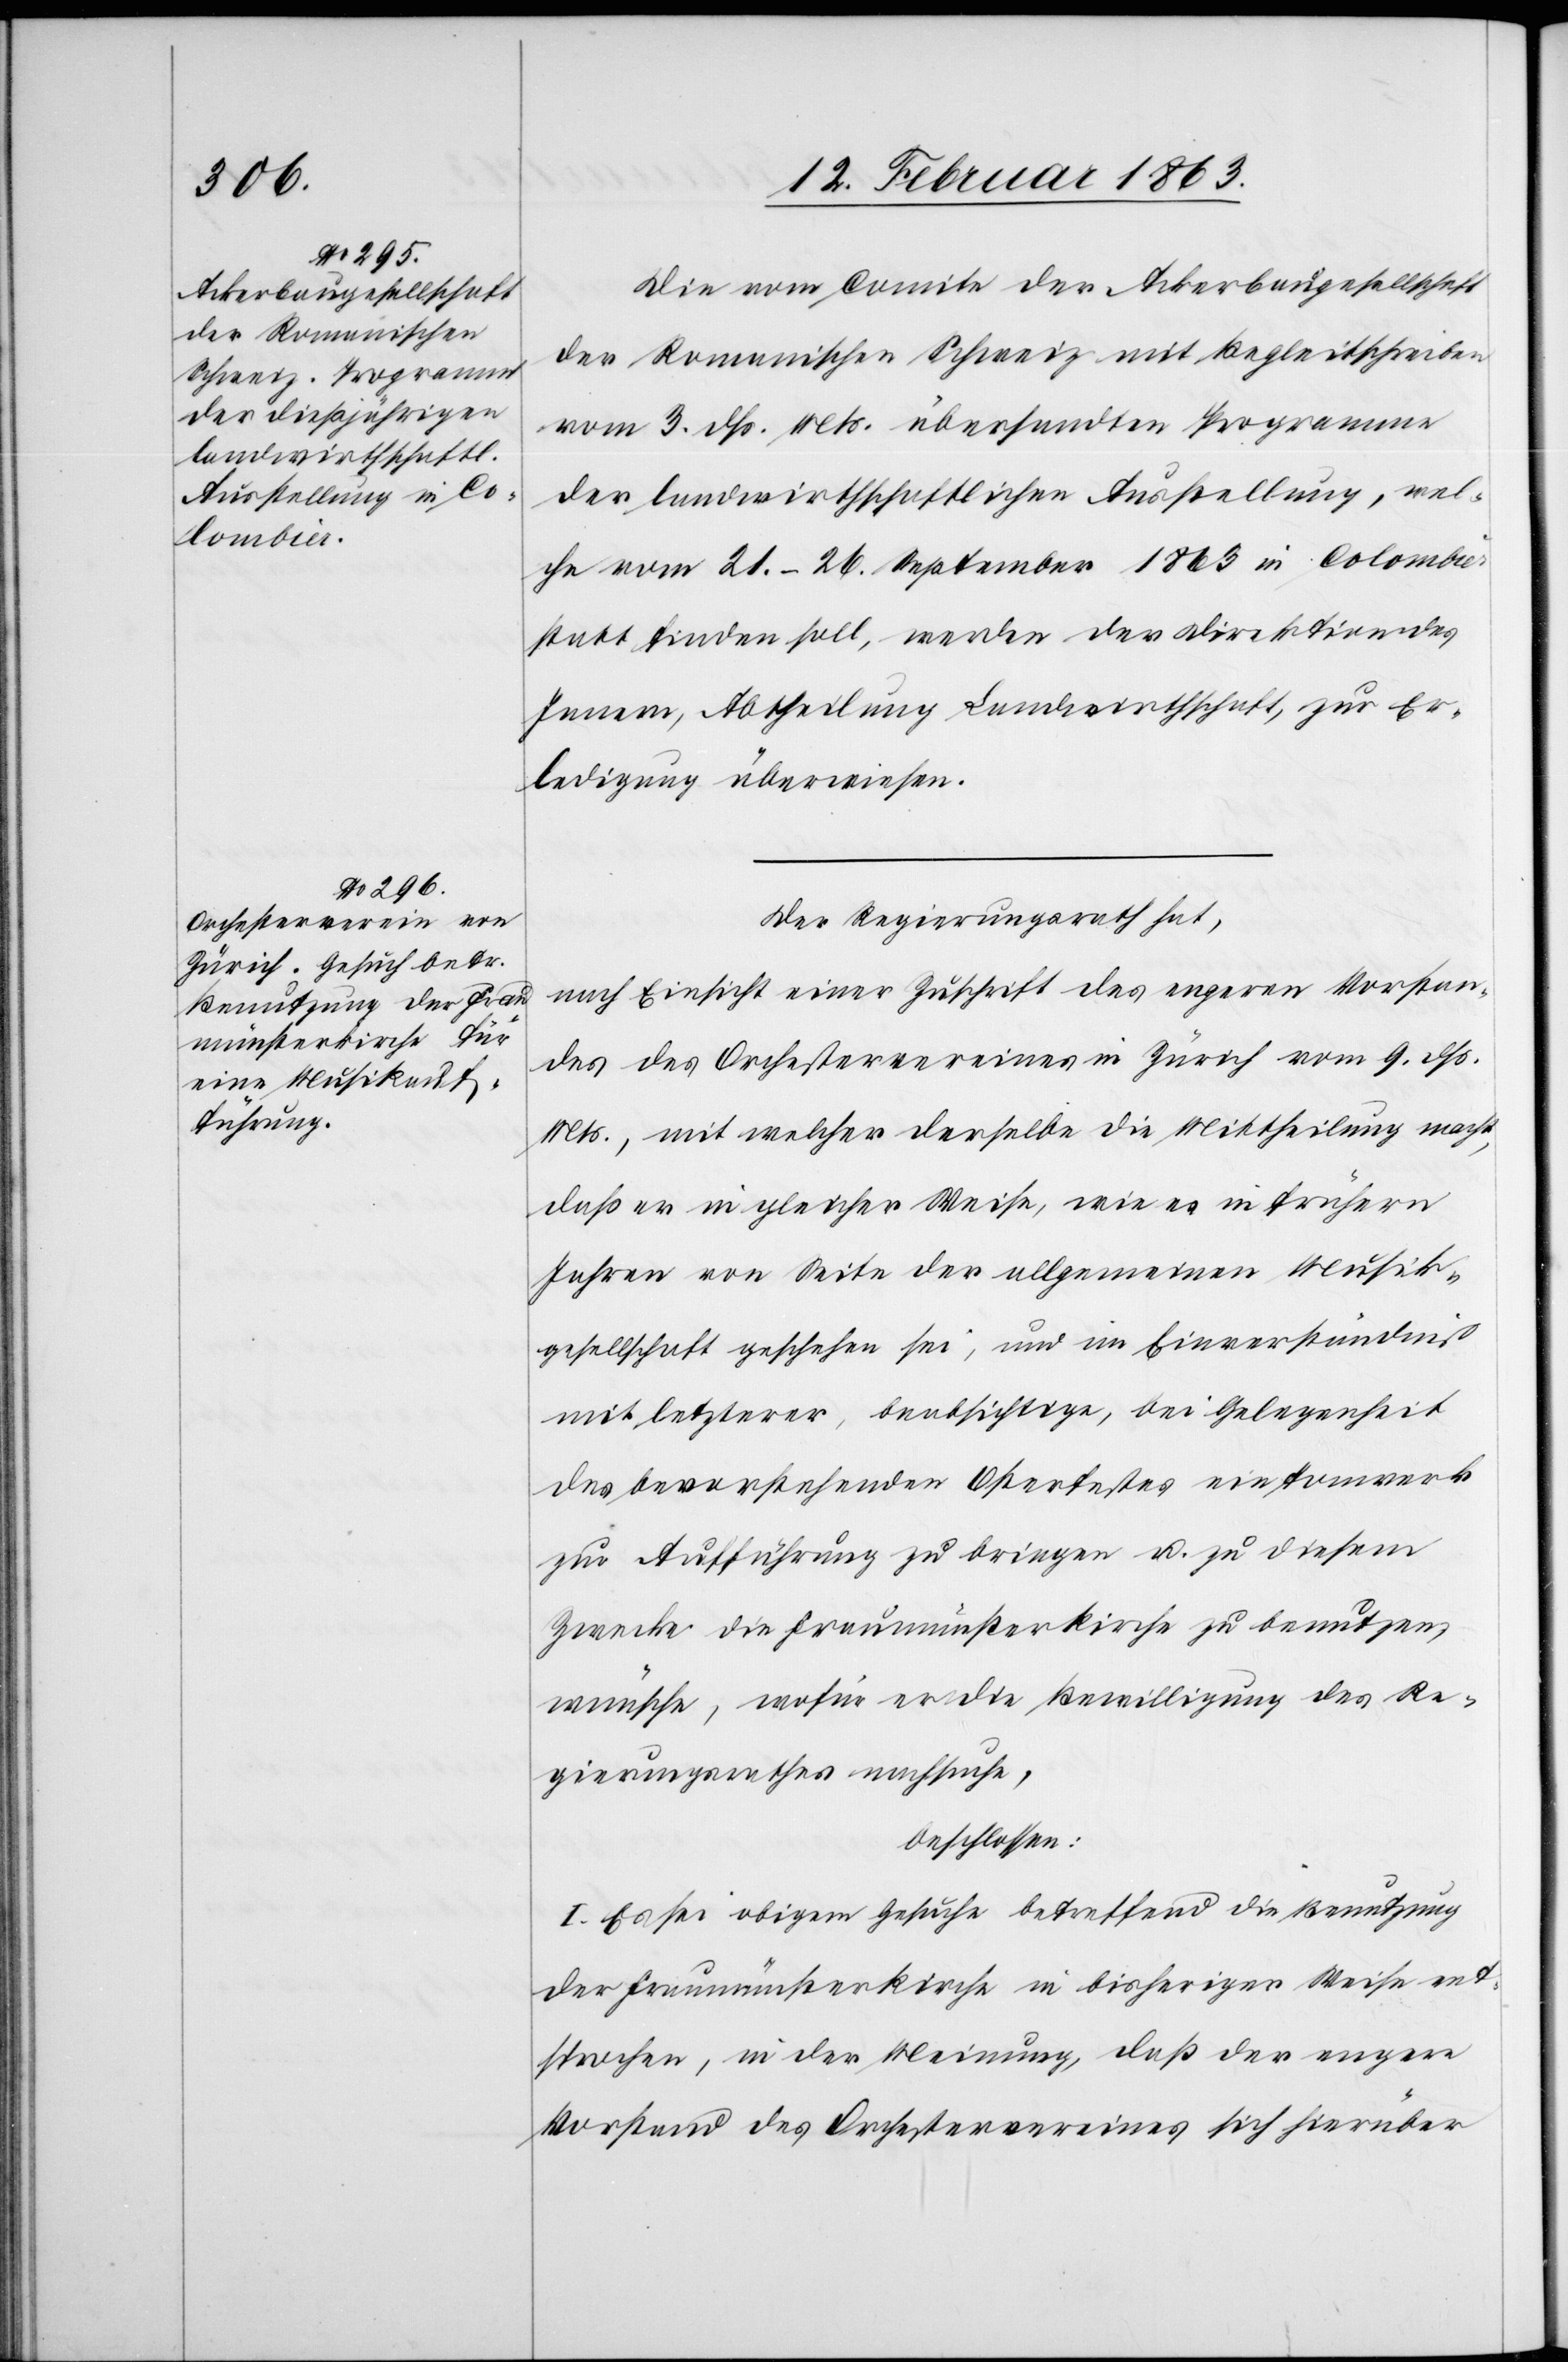
Die vom Comite der Ackerbaugesellschaft
der Romanischen Schweiz mit Begleitschreiben
vom 3. dß. Mts. übersandten Programme
der landwirthschaftlichen Ausstellung, wel¬
che vom 21.–26. September 1863 in Colombier
statt finden soll, werden der Direktion des
Innern, Abtheilung Landwirthschaft, zur Er¬
ledigung überwiesen.
Der Regierungsrath hat,
nach Einsicht einer Zuschrift des engeren Vorstan¬
des des Orchestervereines in Zürich vom 9. dß.
Mts., mit welcher derselbe die Mittheilung macht,
daß er in gleicher Weise, wie es in frühern
Jahren von Seite der allgemeinen Musik¬
gesellschaft geschehen sei, und im Einverständniß
mit letzterer, beabsichtige, bei Gelegenheit
des bevorstehenden Osterfestes ein Tonwerk
zur Aufführung zu bringen u. zu diesem
Zwecke die Fraumünsterkirche zu benutzen,
wünsche wofür er die Bewilligung des Re¬
gierungsrathes nachsuche,
beschlossen:
I. Es sei obigem Gesuche betreffend die Benutzung
der Fraumünsterkirche in bisheriger Weise ent¬
sprochen, in der Meinung, daß der engere
Vorstand des Orchestervereines sich hierüber